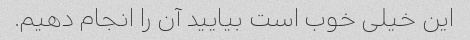
این خیلی خوب است بیایید آن را انجام دهیم.